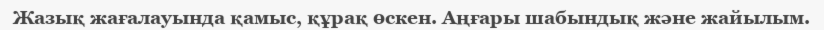
Жазық жағалауында қамыс, құрақ өскен. Аңғары шабындық және жайылым.